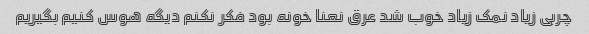
چربی زیاد نمک زیاد خوب شد عرق نعنا خونه بود فکر نکنم دیگه هوس کنیم بگیریم